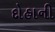
દોહાની